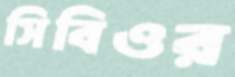
সিবিওর